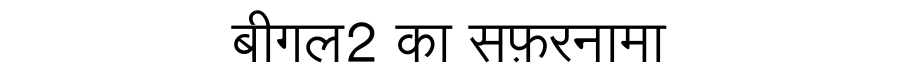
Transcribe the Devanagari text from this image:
बीगल2 का सफ़रनामा